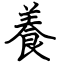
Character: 養